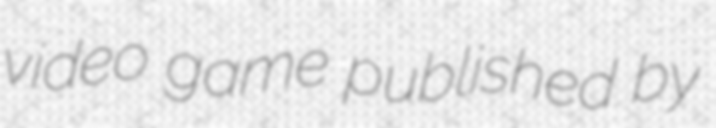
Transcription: video game published by